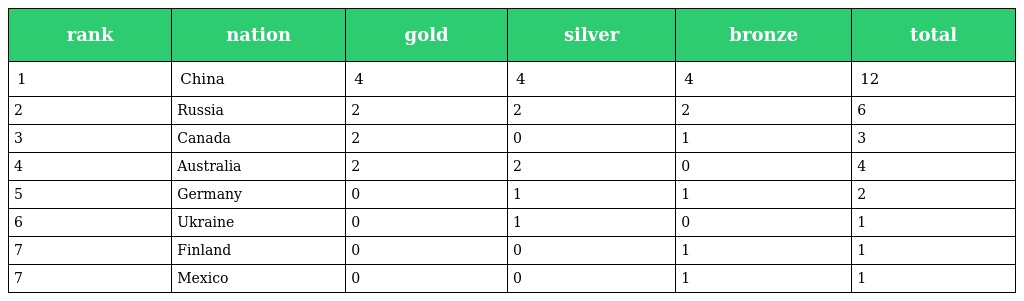
| rank | nation | gold | silver | bronze | total |
 | --- | --- | --- | --- | --- | --- |
 | 1 | China | 4 | 4 | 4 | 12 |
 | 2 | Russia | 2 | 2 | 2 | 6 |
 | 3 | Canada | 2 | 0 | 1 | 3 |
 | 4 | Australia | 2 | 2 | 0 | 4 |
 | 5 | Germany | 0 | 1 | 1 | 2 |
 | 6 | Ukraine | 0 | 1 | 0 | 1 |
 | 7 | Finland | 0 | 0 | 1 | 1 |
 | 7 | Mexico | 0 | 0 | 1 | 1 |